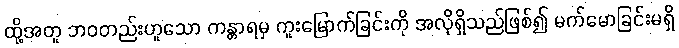
ထို့အတူ ဘဝတည်းဟူသော ကန္တာရမှ ကူးမြောက်ခြင်းကို အလိုရှိသည်ဖြစ်၍ မက်မောခြင်းမရှိ